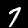
Digit: 7